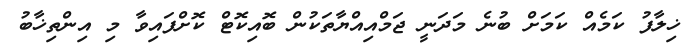
ޚިލާފު ކަމެއް ކަމަށް ބުނެ މަދަނީ ޖަމްއިއްޔާތަކުން ބޮއިކޮޓް ކޮށްފައިވާ މި އިންތިޚާބު